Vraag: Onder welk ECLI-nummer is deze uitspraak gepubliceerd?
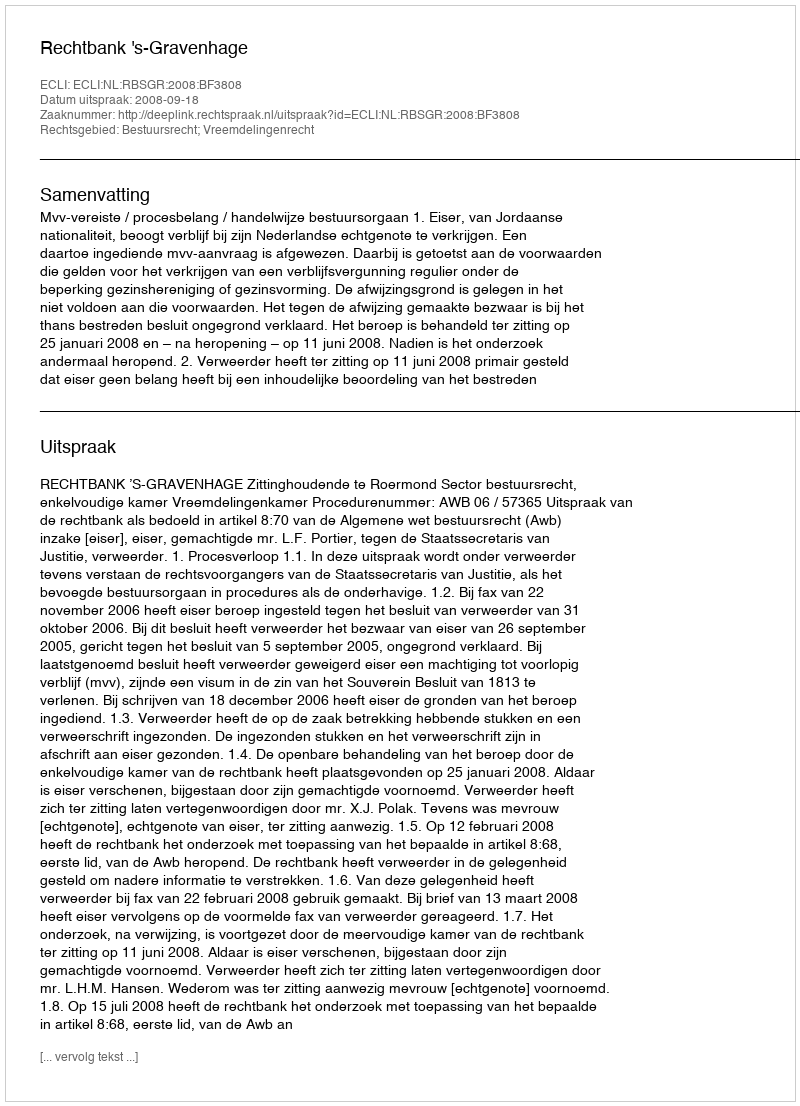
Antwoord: ECLI:NL:RBSGR:2008:BF3808